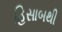
હિસાબથી